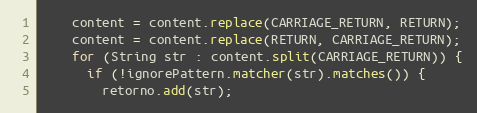
Language: Java
    content = content.replace(CARRIAGE_RETURN, RETURN);
    content = content.replace(RETURN, CARRIAGE_RETURN);
    for (String str : content.split(CARRIAGE_RETURN)) {
      if (!ignorePattern.matcher(str).matches()) {
        retorno.add(str);